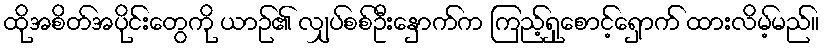
ထိုအစိတ်အပိုင်းတွေကို ယာဉ်၏ လျှပ်စစ်ဦးနှောက်က ကြည့်ရှုစောင့်ရှောက် ထားလိမ့်မည်။